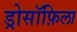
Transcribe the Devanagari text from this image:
ड्रोसॉफ़िला